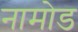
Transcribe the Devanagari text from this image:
नामोड